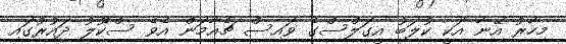
މިހާރު އޭނާ އަކީ ކުލަބު އީގަލްސްގެ ވައިސް ޗެއާމަން އެވެ ސްކޫލު ދައުރުގައި